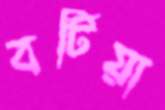
বটিয়া